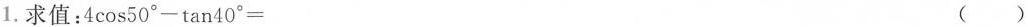
1. 求值：4\cos50^{\circ}-\tan40^{\circ}= （）